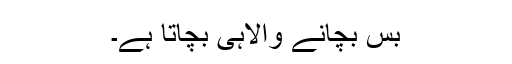
بس بچانے والاہی بچاتا ہے۔